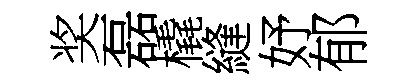
奖磊橇縫妤郁